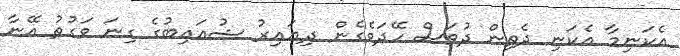
އެކަނިމާ އެކަނި ދެތިން ދުވަސް ހޭދަވެގެން ދިޔައިރު ޝުޢައިބުގެ ގިނަ ވަގުތު އޭނާ